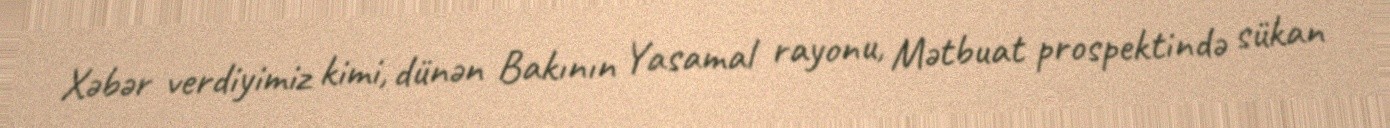
Xəbər verdiyimiz kimi, dünən Bakının Yasamal rayonu, Mətbuat prospektində sükan